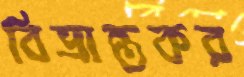
বিভ্রান্তকর